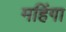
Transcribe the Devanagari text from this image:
महिंगा